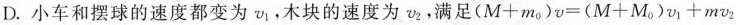
D.小车和摆球的速度都变为v_{1}，木块的速度为v_{2}，满足$$( M + m _ { 0 } ) v = ( M + M _ { 0 } ) v _ { 1 } + m v _ { 2 }$$